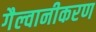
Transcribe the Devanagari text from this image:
गैल्वानीकरण